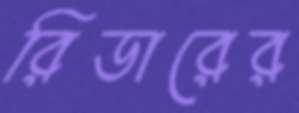
রিডারের